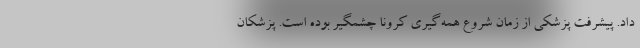
داد. پیشرفت پزشکی از زمان شروع همه‌گیری کرونا چشمگیر بوده است. پزشکان